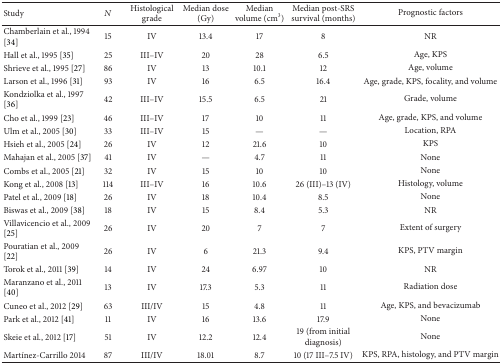
<table><thead><tr><td><b>Study</b></td><td><b><i>N</i></b></td><td><b>Histological grade</b></td><td><b>Median dose (Gy)</b></td><td><b>Median volume (cm<sup>3</sup>)</b></td><td><b>Median post-SRS survival (months)</b></td><td><b>Prognostic factors</b></td></tr></thead><tbody><tr><td>Chamberlain et al., 1994 [34]</td><td>15</td><td>IV</td><td>13.4</td><td>17</td><td>8</td><td>NR</td></tr><tr><td>Hall et al., 1995 [35]</td><td>25</td><td>III–IV</td><td>20</td><td>28</td><td>6.5</td><td>Age, KPS</td></tr><tr><td>Shrieve et al., 1995 [27]</td><td>86</td><td>IV</td><td>13</td><td>10.1</td><td>12</td><td>Age, volume</td></tr><tr><td>Larson et al., 1996 [31]</td><td>93</td><td>IV</td><td>16</td><td>6.5</td><td>16.4</td><td>Age, grade, KPS, focality, and volume </td></tr><tr><td>Kondziolka et al., 1997 [36]</td><td>42</td><td>III–IV</td><td>15.5</td><td>6.5</td><td>21</td><td>Grade, volume</td></tr><tr><td>Cho et al., 1999 [23]</td><td>46</td><td>III–IV</td><td>17</td><td>10</td><td>11</td><td>Age, grade, KPS, and volume</td></tr><tr><td>Ulm et al., 2005 [30]</td><td>33</td><td>III–IV</td><td>15</td><td>—</td><td>—</td><td>Location, RPA </td></tr><tr><td>Hsieh et al., 2005 [24]</td><td>26</td><td>IV</td><td>12</td><td>21.6</td><td>10</td><td>KPS</td></tr><tr><td>Mahajan et al., 2005 [37]</td><td>41</td><td>IV</td><td>—</td><td>4.7</td><td>11</td><td>None</td></tr><tr><td>Combs et al., 2005 [21]</td><td>32</td><td>IV</td><td>15</td><td>10</td><td>10</td><td>None</td></tr><tr><td>Kong et al., 2008 [13]</td><td>114</td><td>III–IV</td><td>16</td><td>10.6</td><td>26 (III)–13 (IV)</td><td>Histology, volume</td></tr><tr><td>Patel et al., 2009 [18]</td><td>26</td><td>IV</td><td>18</td><td>10.4</td><td>8.5</td><td>None</td></tr><tr><td>Biswas et al., 2009 [38]</td><td>18</td><td>IV</td><td>15</td><td>8.4</td><td>5.3</td><td>NR</td></tr><tr><td>Villavicencio et al., 2009 [25]</td><td>26</td><td>IV</td><td>20</td><td>7</td><td>7</td><td>Extent of surgery</td></tr><tr><td>Pouratian et al., 2009 [22]</td><td>26</td><td>IV</td><td>6</td><td>21.3</td><td>9.4</td><td>KPS, PTV margin</td></tr><tr><td>Torok et al., 2011 [39]</td><td>14</td><td>IV</td><td>24</td><td>6.97</td><td>10</td><td>NR</td></tr><tr><td>Maranzano et al., 2011 [40]</td><td>13</td><td>IV</td><td>17.3</td><td>5.3</td><td>11</td><td>Radiation dose</td></tr><tr><td>Cuneo et al., 2012 [29]</td><td>63</td><td>III/IV</td><td>15</td><td>4.8</td><td>11</td><td>Age, KPS, and bevacizumab</td></tr><tr><td>Park et al., 2012 [41]</td><td>11</td><td>IV</td><td>16</td><td>13.6</td><td>17.9</td><td>None</td></tr><tr><td>Skeie et al., 2012 [17]</td><td>51</td><td>IV</td><td>12.2</td><td>12.4</td><td>19 (from initial diagnosis)</td><td>None</td></tr><tr><td>Martínez-Carrillo 2014</td><td>87</td><td>III/IV</td><td>18.01</td><td>8.7</td><td>10 (17 III–7.5 IV)</td><td>KPS, RPA, histology, and PTV margin</td></tr></tbody></table>